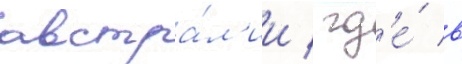
австра́л'ии / гд'е́ в